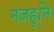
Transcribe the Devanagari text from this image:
मजहुनि